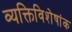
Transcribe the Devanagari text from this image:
व्यक्तिविशेषांक